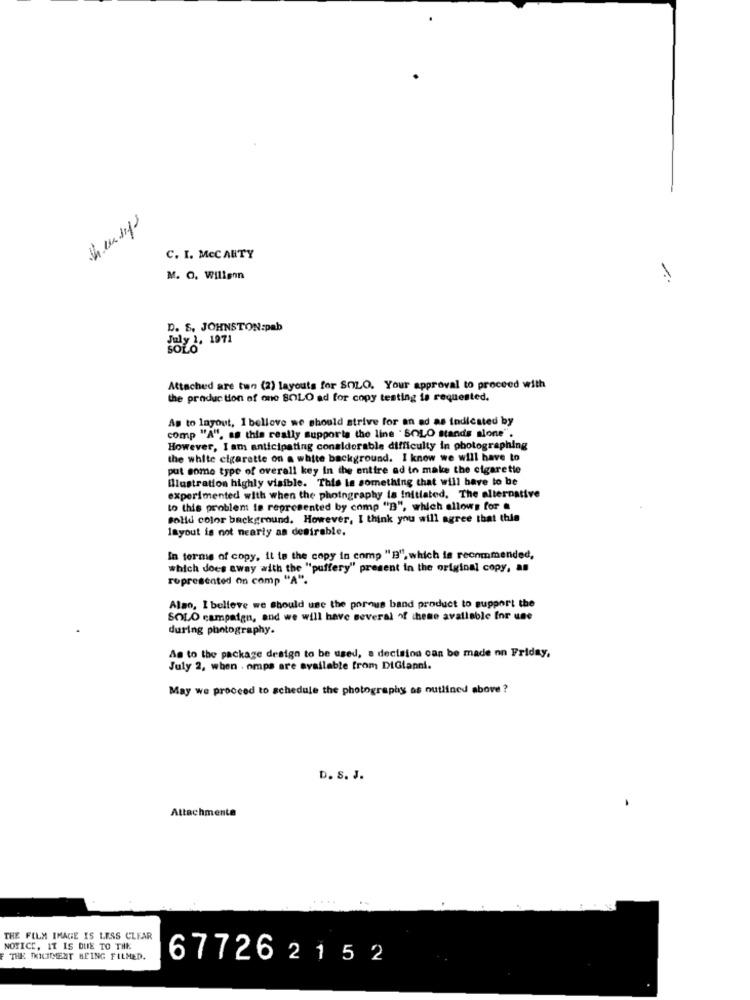
C. I. MCCARTY
M. O. Willenn
D. S. JOHNSTON:pab
July 1. 1971
Attached are tun (2) layouts for SOLO. Your approval to proceed with
the production of one SOLO ad for copy testing is requested.
As to Inyout, 1 believe we should strive for an ad as indicated by
comp "A", as this really supports the line "SOLO stands alone".
However, I am anticipating considerable difficulty in photographing
the white cigarette on a white background. I know we will have to
put some type of overall key In the entire ad in make the cigarette
Illustration highly visible. This is something that will have to be
experimented with when the photography la Initiated. The alternative
to this problem is represented by comp "B", which allows for .
solid color background. However, I think you will agree that this
layout is not nearly as desirable,
In terms of copy, it to the copy in comp "B", which is recommended,
which does away with the "puffery" present in the original copy, as
represented on comp "A".
Also, I believe we should use the porque band product to support the
SOLO campaign, and we will have several of these available for use
during photography.
As to the package design to be used, a decision can be made on Friday,
July 2, when . omps are available from DiGianni.
May we proceed to schedule the photography as outlined above ?
D. S. J.
Attachments
THE FILM IMAGE IS LESS CLEAR
NOTICE, IT IS DUE TO THE
F THE INCIDENT BEING FILMED.
67726215 2